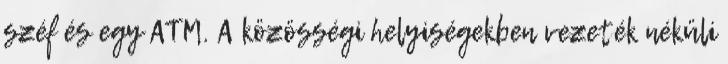
széf és egy ATM. A közösségi helyiségekben vezeték néküli